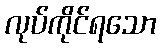
လုပ်ကိုင်ရသော